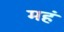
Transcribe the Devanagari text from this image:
महं